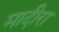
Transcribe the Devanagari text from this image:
मादीरा